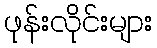
ဖုန်းလိုင်းများ